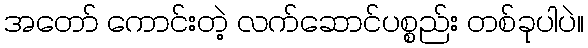
အတော် ကောင်းတဲ့ လက်ဆောင်ပစ္စည်း တစ်ခုပါပဲ။